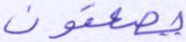
يصعقون